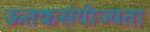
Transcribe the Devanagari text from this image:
ऊतकसंयोज्यता